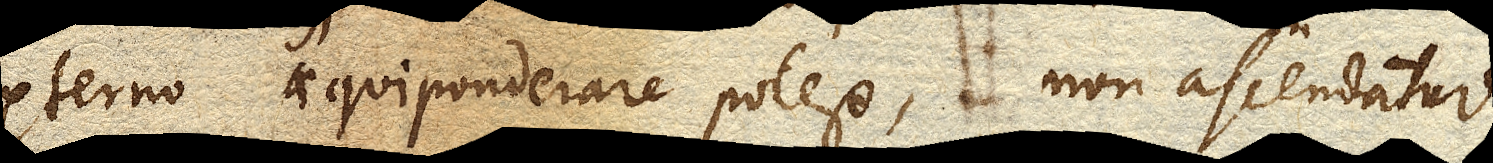
externo aequiponderare potest, non ascendatur.